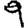
Digit: 9